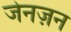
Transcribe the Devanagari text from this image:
जेनज़न